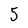
Character: 5